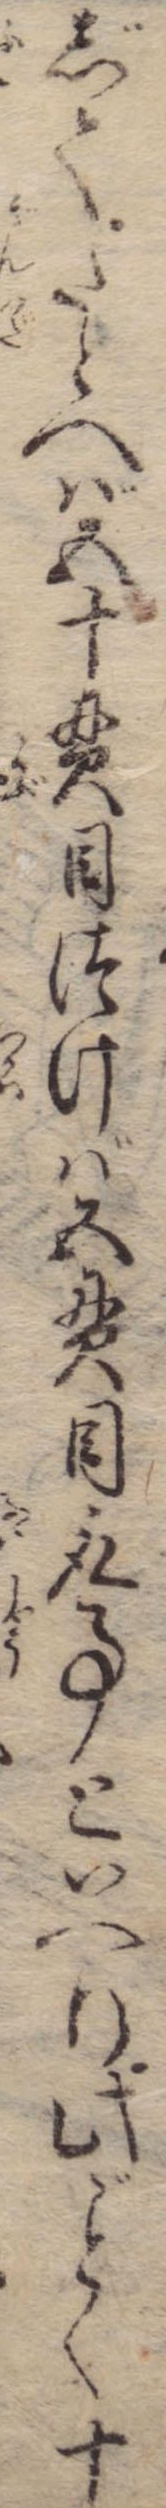
じてたとへば五十貫目つけば五貫目取事といへり此く十